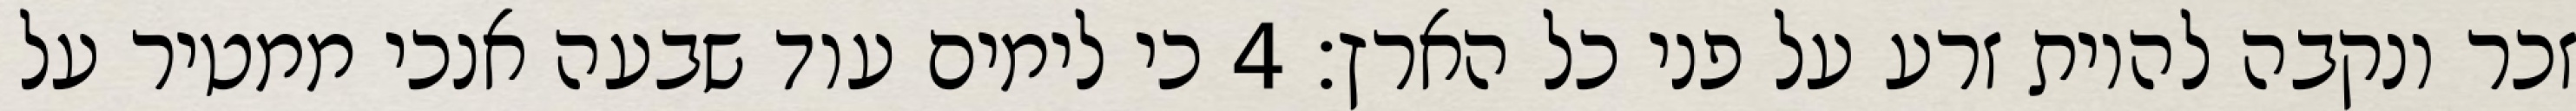
זכר ונקבה להיות זרע על פני כל הארץ׃ ‎4‏ כי לימים עוד שבעה אנכי ממטיר על